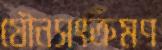
যৌনসংক্রমণ